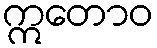
ဣတောဝ